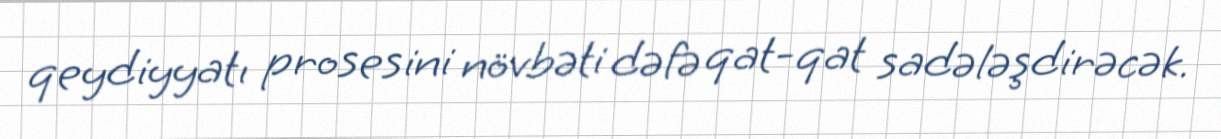
qeydiyyatı prosesini növbəti dəfə qat-qat sadələşdirəcək.